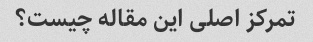
تمرکز اصلی این مقاله چیست؟